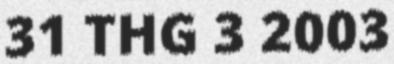
31 THG 3 2003